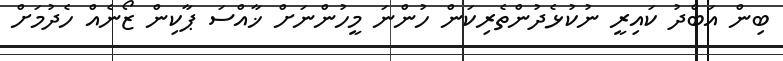
ބިން އަބްދު ކައިރީ ނުކުޅެދުންތެރިކަން ހުންނަ މީހުންނަށް ޚާއްސަ ޕާކިން ޒޯނެއް ހެދުމަށް